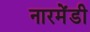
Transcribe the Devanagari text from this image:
नारमेंडी